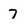
Character: 7